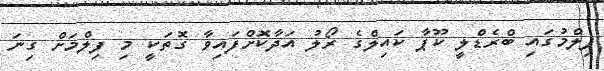
ފިލްމުގައި ބްރެޑްލީ ކޫޕާ ކައިލްގެ ރޯލު އަދާކޮށްފައިވާ ގޮތަކީ މި ފިލްމަށް ގިނަ